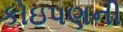
કોઇપણની